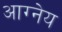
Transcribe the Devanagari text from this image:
आग्‍नेय